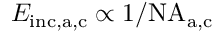
E _ { \mathrm { i n c , a , c } } \propto 1 / \mathrm { N A _ { a , c } }